Report on sanitation, dispensaries, and jails in Rajputana for 1911, and on vaccination for the year 1911-1912 - 1911-1912
Year: 1911
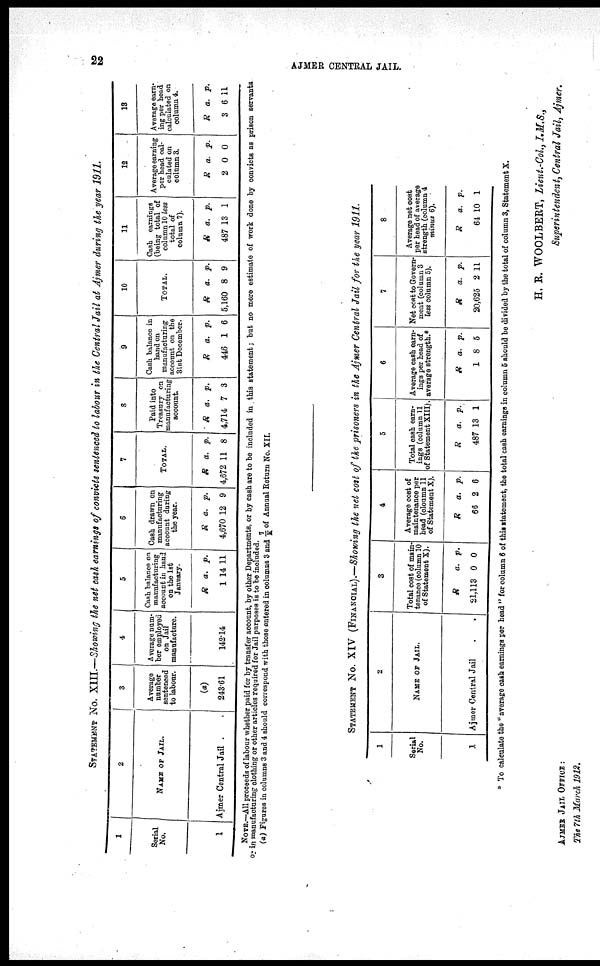
22
AJMER CENTRAL JAIL.
STATEMENT No. XIII.—Showing the net cash earnings of convicts sentenced to labour in the Central Jail at Ajmer during the year 1911.
1
Serial
No.
1
2
NAME OF JAIL.
Ajmer Central Jail .
3
Average
number
sentenced
to labour.
(a)
243.61
4
Average num-
ber employed
on Jail
manufacture.
142.14
5
Cash balance on
manufacturing
account in hand
on the 1st
January.
R
1
a.
14
p.
11
6
Cash drawn on
manufacturing
account during
the year.
R
4,670
a.
12
p.
9
7
TOTAL.
R
4,672
a.
11
p.
8
8
Paid into
Treasury on
manufacturing
account.
R
4,714
a.
7
p.
3
9
Cash balance in
hand on
manufacturing
account on the
31st December.
R
446
a.
1
p.
6
10
TOTAL.
R
5,160
a.
8
p.
9
11
Cash earnings
(being total of
column 10 less
total of
column 7).
R
487
a.
13
p.
1
12
Average earning
per head cal-
culated on
column 3.
R
2
a.
0
p.
0
13
Average earn-
ing per head
calculated on
column 4.
R
3
a.
6
p.
11
NOTE.—All proceeds of labour whether paid for by transfer account, by other Departments, or by cash are to be included in this statement; but no more estimate of work done by convicts as prison servants
or in manufacturing clothing or other articles required for Jail purposes is to be included.
(a) Figures in columns 3 and 4 should correspond with those entered in columns 3 and 7/K of Annual Return No. XII.
STATEMENT No. XIV (FINANCIAL).—Showing the net cost of the prisoners in the Ajmer Central Jail for the year 1911.
1
Serial
No.
1
2
NAME OF JAIL.
Ajmer Central Jail
3
Total cost of main-
tenance (column 10
of Statement X).
R
21,113
a.
0
p.
0
4
Average cost of
maintenance per
head (cloumn 11
of Statement X).
R
66
a.
2
p.
6
5
Total cash earn-
ings (column 11
of Statement XIII).
R
487
a.
13
p.
1
6
Average cash earn-
ings per head of
average strength.*
R
1
a.
8
p.
5
7
Net cost to Govern-
ment (column 3
less column 5).
R
20,625
a.
2
p.
11
8
Average net cost
per head of average
strength (column 4
minus 6).
R
64
a.
10
p.
1
* To calculate the "average cash earnings per head " for column 6 of this statement, the total cash earnings in column 5 should be divided by the total of column 3, Statement X.
H. R. WOOLBERT, Lieut.-Col, I.M.S.,
Superintendent, Central Jail, Ajmer.
AJMER JAIL OFFICE :
The 7th March 1912.